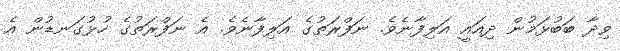
ވިދާ ބަބުޅަމުން ދިއައީ އަލިފާނެވެ. ނަފްރަތުގެ އަލިފާނެވެ. އެ ނަފްރަތުގެ ހުޅުގަނޑުން އެ